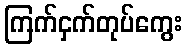
ကြက်ငှက်တုပ်ကွေး